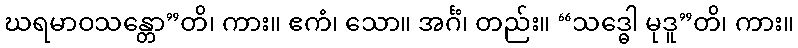
ဃရမာဝသန္တော”တိ၊ ကား။ ဧကံ၊ သော။ အင်္ဂံ၊ တည်း။ “သဒ္ဓေါ မုဒူ”တိ၊ ကား။